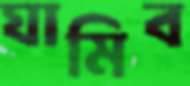
ঘামিব